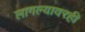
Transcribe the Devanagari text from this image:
लागल्यावरही